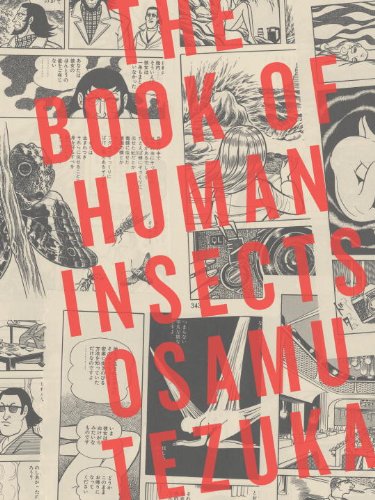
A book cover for The Book of Human Insects; Osamu Tezuka; Comics & Graphic Novels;